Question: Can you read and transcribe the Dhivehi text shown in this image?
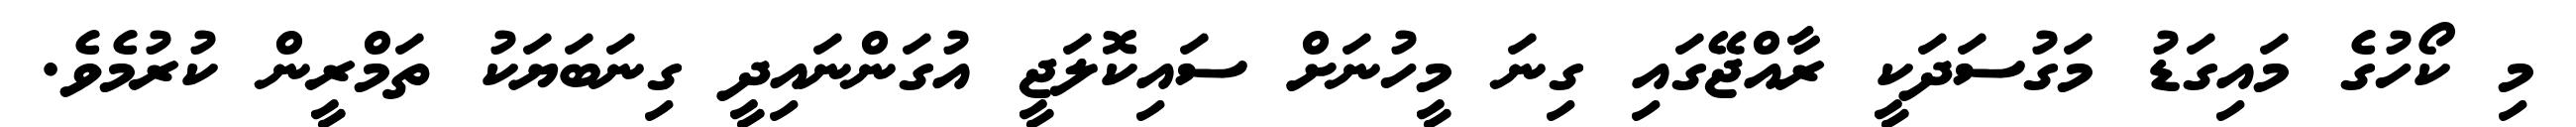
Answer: މި ކޯހުގެ މައިގަޑު މަގުސަދަކީ ރާއްޖޭގައި ގިނަ މީހުނަށް ސައިކޮލަޖީ އުގަންނައިދީ ގިނަބަޔަކު ތަމްރީން ކުރުމެވެ.